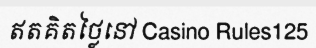
ឥតគិតថ្លៃនៅ Casino Rules125